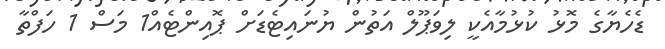
ޑެހެޔާގެ މޮޅު ކުޅުމާއެކީ ލިވަޕޫލް އަތުން ޔުނައިޓެޑަށް ޕޮއިންޓެއް1 މަސް 1 ހަފްތާ